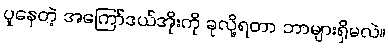
ပူနေတဲ့ အကြော်ဒယ်အိုးကို ခုလို့ရတာ ဘာများရှိမလဲ။